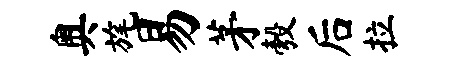
奥旄易茅彀后拉